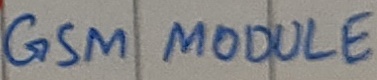
Text: GSM MODULE